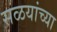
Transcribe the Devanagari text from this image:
सळयांच्या